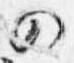
の